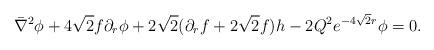
LaTeX: \begin{align*}\bar \nabla^2 \phi + 4 \sqrt 2 f \partial_r \phi + 2 \sqrt 2 (\partial_r f+ 2 \sqrt2 f) h- 2 Q^2 e^{- 4 \sqrt 2 r}\phi = 0.\end{align*}